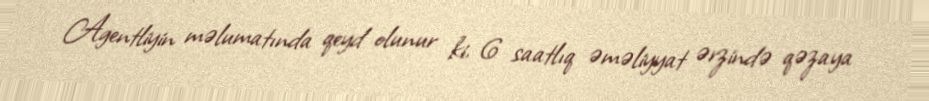
Agentliyin məlumatında qeyd olunur ki, 6 saatlıq əməliyyat ərzində qəzaya